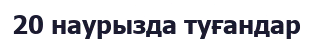
20 наурызда туғандар